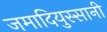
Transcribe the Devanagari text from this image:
जमादियुस्सानी